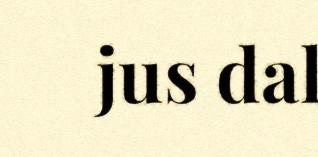
jus dal